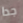
جدا